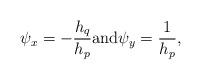
LaTeX: \begin{align*} \psi_x = - \frac{h_q}{h_p} \mbox{and} \psi_y = \frac{1}{h_p} ,\end{align*}